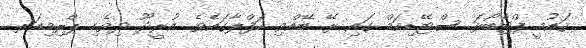
ޤައުމީ ފްޓްބޯޅަ ސްޓޭޑިއަމް ގައި ރޭ ބޭއްވި ހަފްލާގައެވެ. އުރީދޫ ދިވެހި ޕްރިމިއަރ